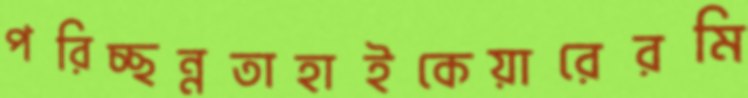
পরিচ্ছন্নতাহাইকেয়ারেরমি